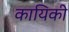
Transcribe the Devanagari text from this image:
कायिकी